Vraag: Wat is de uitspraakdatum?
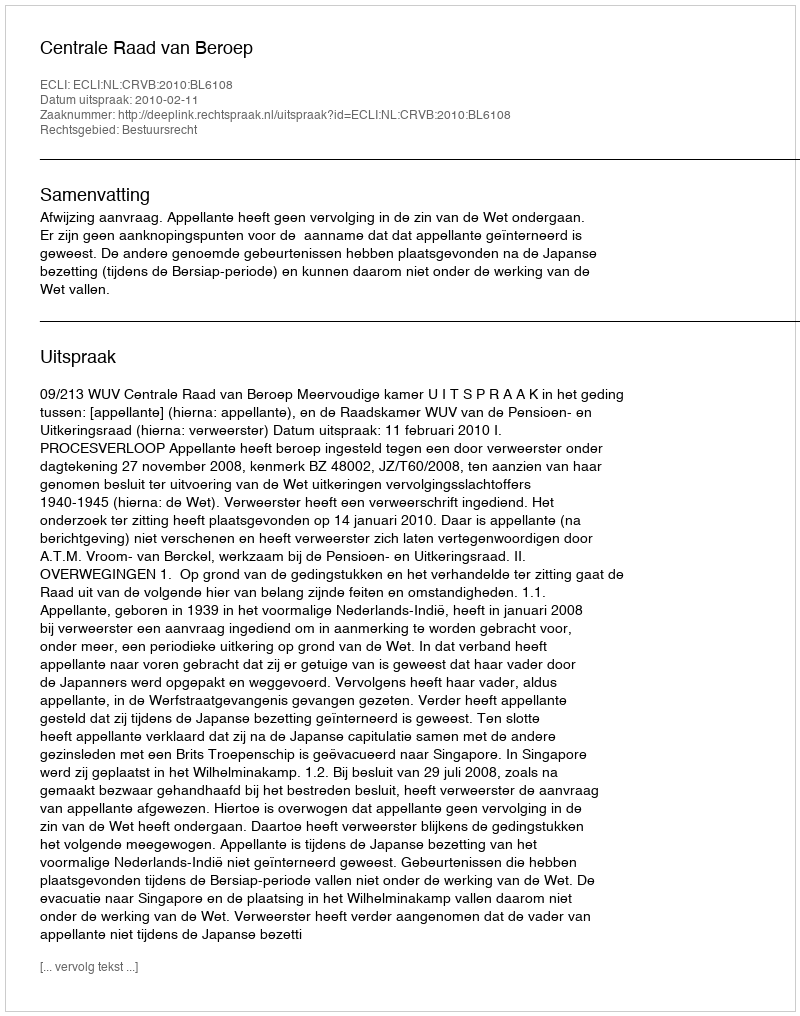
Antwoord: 2010-02-11